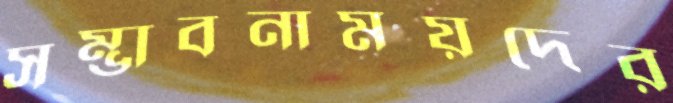
সম্ভাবনাময়দের